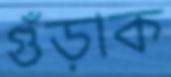
গুঁড়াক